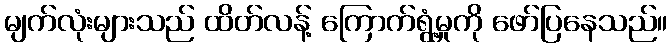
မျက်လုံးများသည် ထိတ်လန့် ကြောက်ရွံ့မှုကို ဖော်ပြနေသည်။